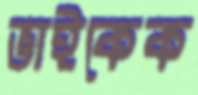
ভাইকেক